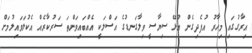
އިރާގުގައި މިހާރު އުފެދިގެން އުޅޭ ސިޔާސީ ވިލާގަނޑުގެ އަސްލަކީ އެއްބައިވަންތަ ސަރުކާރެއް އެކުލަވައިލުމަށް